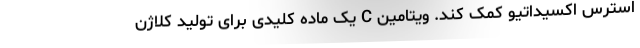
استرس اکسیداتیو کمک کند. ویتامین C یک ماده کلیدی برای تولید کلاژن